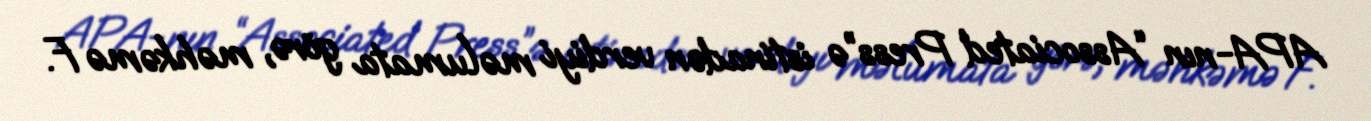
APA-nın “Associated Press”ə istinadən verdiyi məlumata görə, məhkəmə F.